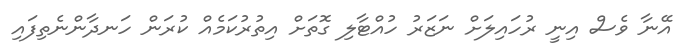
އޭނާ ވެސް އިނީ ރުހައިލަށް ނަޒަރު ހުއްޓާލި ގޮތަށް އިތުރުކަމެއް ކުރަން ހަނދާންނެތިފައި